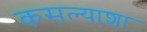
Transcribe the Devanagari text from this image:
कसल्याशा